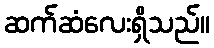
ဆက်ဆံလေးရှိသည်။